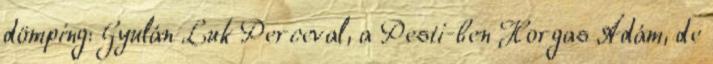
dömping: Gyulán Luk Perceval, a Pesti-ben Horgas Ádám, de